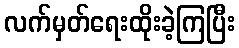
လက်မှတ်ရေးထိုးခဲ့ကြပြီး